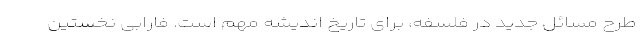
طرح مسائل جدید در فلسفه، برای تاریخ اندیشه مهم است. فارابی نخستین